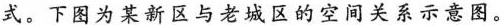
式。下图为某新区与老城区的空间关系示意图。